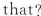
that?